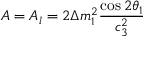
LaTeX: A = A _ { l } = 2 \Delta m _ { 1 } ^ { 2 } \frac { \cos 2 \theta _ { 1 } } { c _ { 3 } ^ { 2 } }